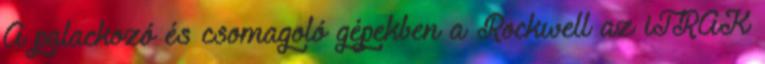
A palackozó és csomagoló gépekben a Rockwell az iTRAK